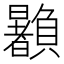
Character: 𰷙